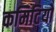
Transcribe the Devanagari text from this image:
कमिटियों